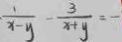
\frac { 1 } { x - y } - \frac { 3 } { x + y } = -